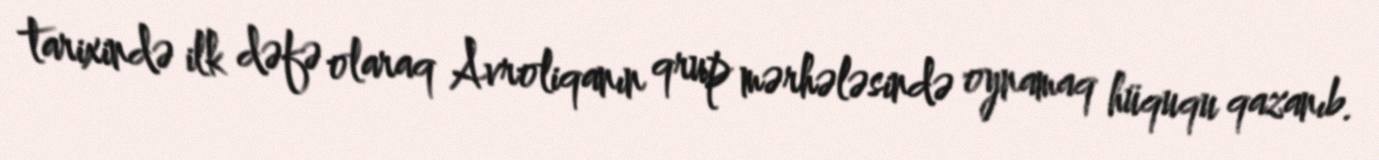
tarixində ilk dəfə olaraq Avroliqanın qrup mərhələsində oynamaq hüququ qazanıb.